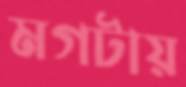
মগটায়